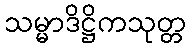
သမ္မာဒိဋ္ဌိကသုတ္တ